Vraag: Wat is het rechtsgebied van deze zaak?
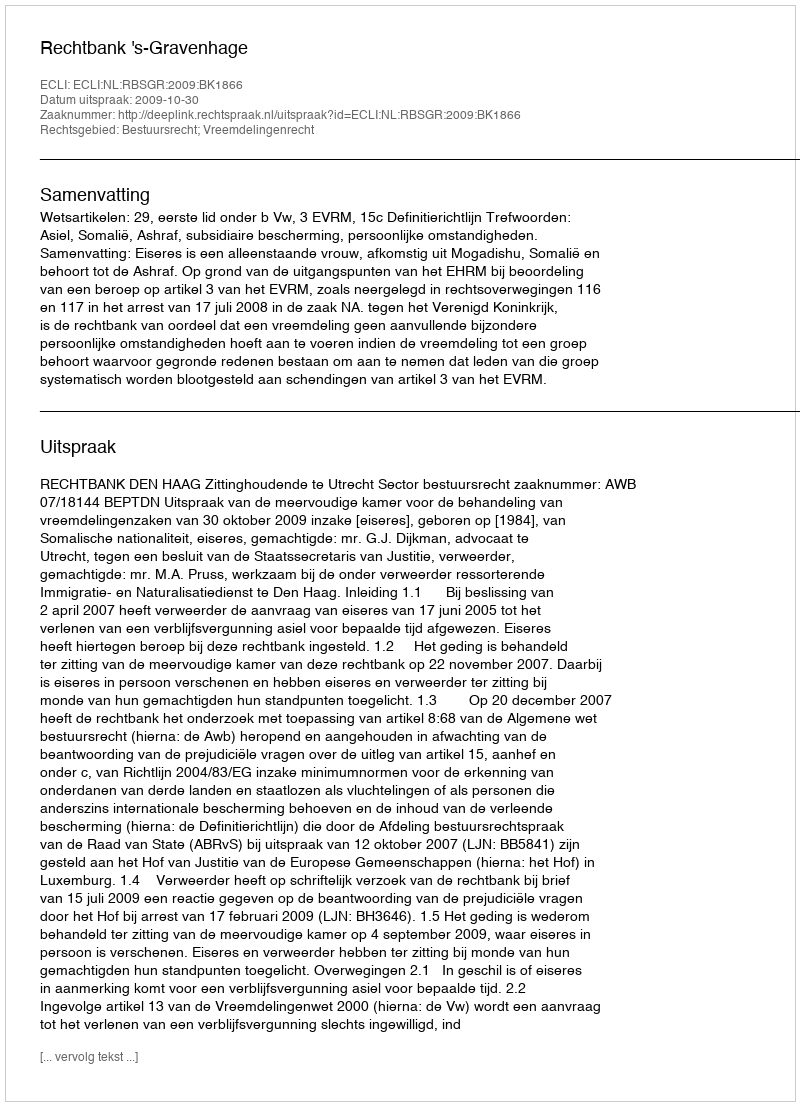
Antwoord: Bestuursrecht; Vreemdelingenrecht